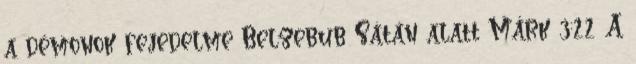
a démonok fejedelme Belzebub Sátán alatt Márk 3:22 .A